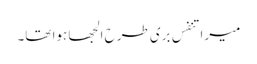
میرا تنفس بری طرح الجھا ہوا تھا۔